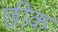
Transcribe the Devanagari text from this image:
छीक